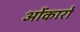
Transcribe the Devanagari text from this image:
ओंकारो